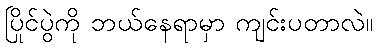
ပြိုင်ပွဲကို ဘယ်နေရာမှာ ကျင်းပတာလဲ။